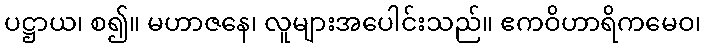
ပဋ္ဌာယ၊ စ၍။ မဟာဇနေ၊ လူများအပေါင်းသည်။ ဧကဝိဟာရိကမေဝ၊